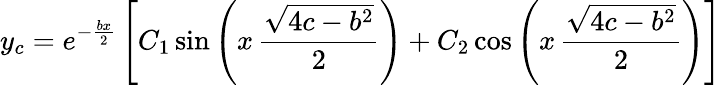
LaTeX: y_{c}=e^{-{\frac{bx}{2}}}\left[C_{1}\sin\left(x\, {\frac{\sqrt{4c-b^{2}}}{2}}\right)+C_{2}\cos\left(x\, {\frac{\sqrt{4c-b^{2}}}{2}}\right)\right]